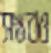
সম্ভবও